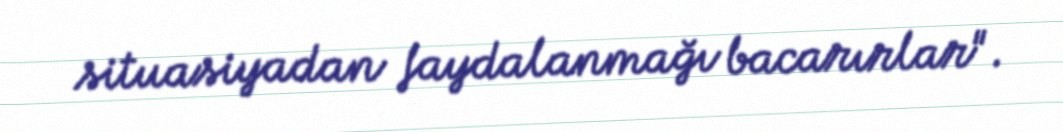
situasiyadan faydalanmağı bacarırlar".